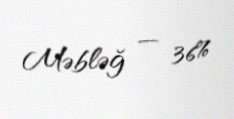
Məbləğ — 36%